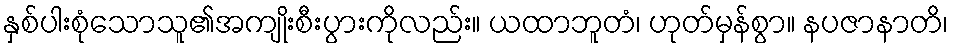
နှစ်ပါးစုံသောသူ၏အကျိုးစီးပွားကိုလည်း။ ယထာဘူတံ၊ ဟုတ်မှန်စွာ။ နပဇာနာတိ၊